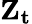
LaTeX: \mathbf{Z_{t}}